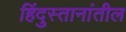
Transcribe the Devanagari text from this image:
हिंदुस्तानांतील